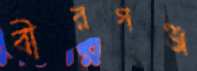
বীরগঞ্জ